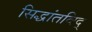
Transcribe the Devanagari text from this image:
सिद्धांतविद्